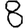
Digit: 8